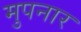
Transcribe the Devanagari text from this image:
मुपनार